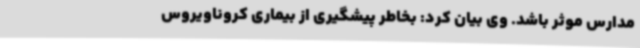
مدارس موثر باشد. وی بیان کرد: بخاطر پیشگیری از بیماری کروناویروس